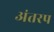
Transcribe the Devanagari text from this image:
अंतरप